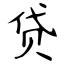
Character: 贷